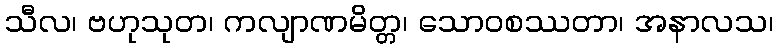
သီလ၊ ဗဟုသုတ၊ ကလျာဏမိတ္တ၊ သောဝစဿတာ၊ အနာလသ၊